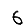
Digit: 6